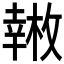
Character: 𱜿